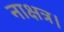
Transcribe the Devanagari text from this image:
नाक्षत्र।